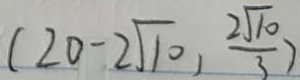
( 2 0 - 2 \sqrt { 1 0 } , \frac { 2 \sqrt { 1 0 } } { 3 } )